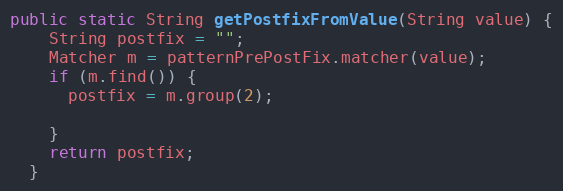
Language: Java
public static String getPostfixFromValue(String value) {
    String postfix = "";
    Matcher m = patternPrePostFix.matcher(value);
    if (m.find()) {
      postfix = m.group(2);

    }
    return postfix;
  }